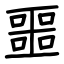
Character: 噩